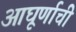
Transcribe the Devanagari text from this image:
आघूर्णाची